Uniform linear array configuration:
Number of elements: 4
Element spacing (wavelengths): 0.75
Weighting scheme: exponential
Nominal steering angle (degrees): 0
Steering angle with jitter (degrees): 0.8444
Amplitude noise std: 0.05
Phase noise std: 0.05

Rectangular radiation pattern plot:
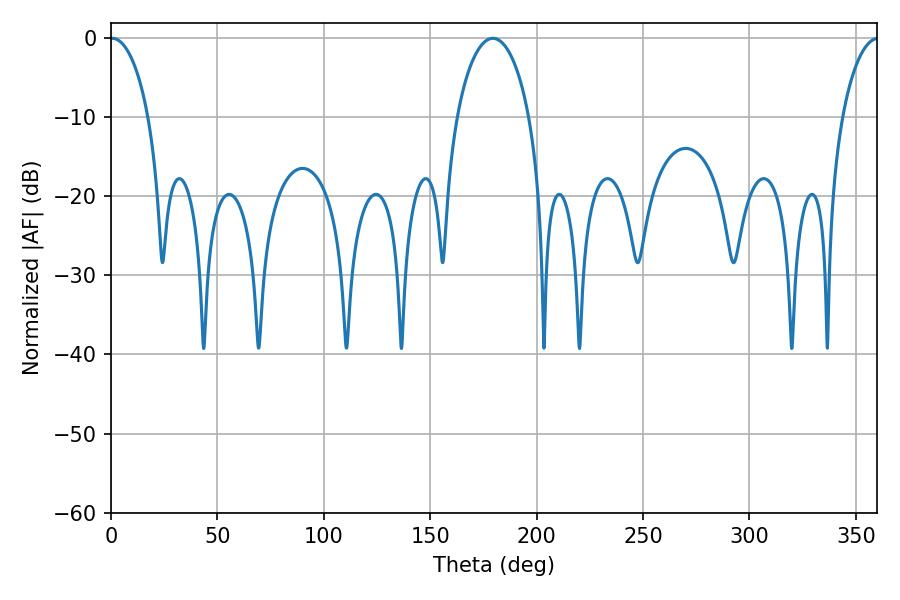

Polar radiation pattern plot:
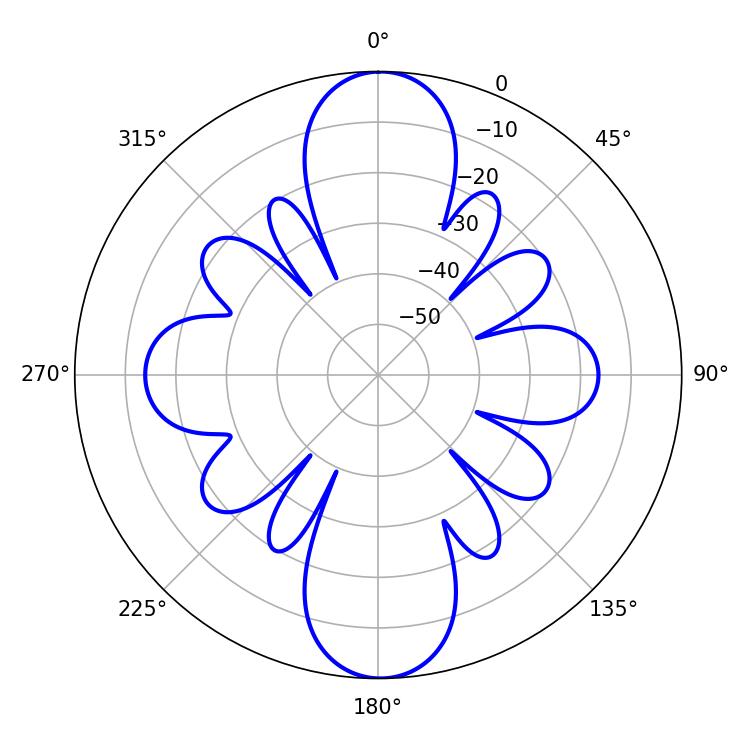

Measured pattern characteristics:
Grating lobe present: TRUE
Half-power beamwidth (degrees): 10.26
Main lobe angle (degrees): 0.54